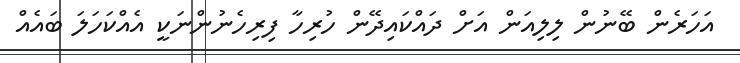
އަހަރެން ބޭނުން ލިލިއަން އަށް ދައްކައިދޭން ހުރިހާ ފިރިހެނުންނަކީ އެއްކަހަލަ ބައެއް